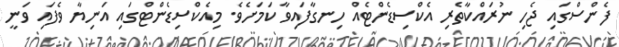
ފެންސްގައި ޖެހި ނުރައްކާތެރި އެކްސިޑެންޓެއް ހިނގާފައިވާ ކަމަށެވެ. މިއެކްސިޑެންޓްގައި އަނިޔާ ވެފައި ވަނީ